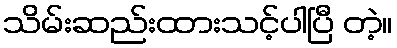
သိမ်းဆည်းထားသင့်ပါပြီ တဲ့။